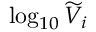
\log _ { 1 0 } \widetilde V _ { i }